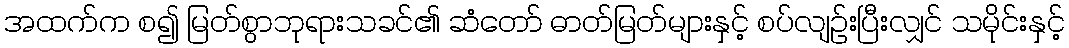
အထက်က စ၍ မြတ်စွာဘုရားသခင်၏ ဆံတော် ဓာတ်မြတ်များနှင့် စပ်လျဉ်းပြီးလျှင် သမိုင်းနှင့်